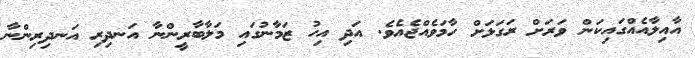
އާއިލާއެއްގައިކަން ވަރަށް ރަގަޅަށް ހާމަވެއްޖެއެވެ. އަދި އިހު ޒަމާނުގައި މަލާބާރީންނާ އަނދިރި އަނދިރިންނާ